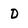
Character: D